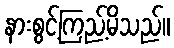
နားစွင့်ကြည့်မိသည်။